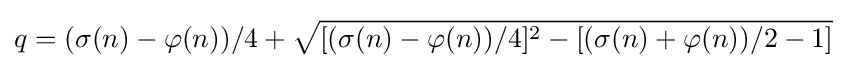
q=(\sigma (n)-\varphi (n))/4+{\sqrt {[(\sigma (n)-\varphi (n))/4]^{2}-[(\sigma (n)+\varphi (n))/2-1]}}